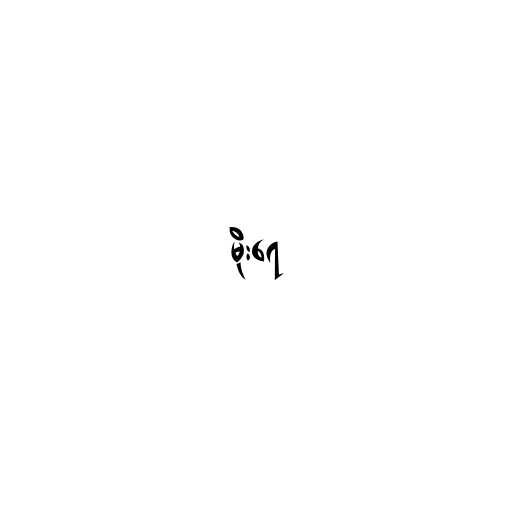
မိုးရေ